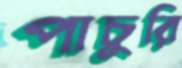
পাচুরি